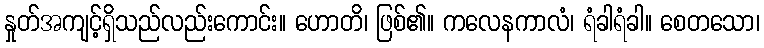
နှုတ်အကျင့်ရှိသည်လည်းကောင်း။ ဟောတိ၊ ဖြစ်၏။ ကလေနကာလံ၊ ရံခါရံခါ။ စေတသော၊